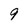
Character: 9